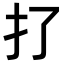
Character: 𢩪